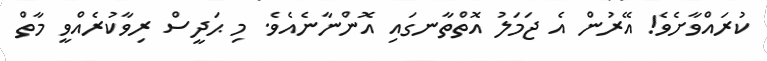
ކުރައްވާށެވެ! އޭރުން އެ ޖަމަލު އޮތްތާނގައި އޮންނާނެއެވެ. މި ޙަދީސް ރިވާކުރެއްވީ މާތް